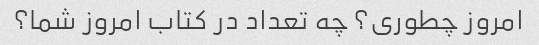
امروز چطوری؟ چه تعداد در کتاب امروز شما؟